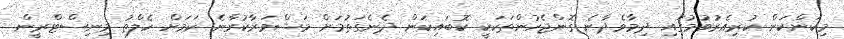
މިކަންކަން ކުރިއެރުވުމުގައި ދިމާވެދާނެ ގޮންޖެހުންތަކަކީ ކޮބައިކަން ދެނެގަތުމަށް މަޝްވަރާކުރާނެ ކަމަށް ހެލްތު މިނިސްޓްރީން